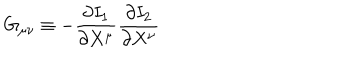
G _ { \mu \nu } \equiv - \frac { \partial I _ { 1 } } { \partial X ^ { \mu } } \frac { \partial I _ { 2 } } { \partial X ^ { \nu } }